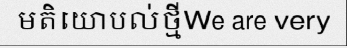
មតិយោបល់ថ្មីWe are very